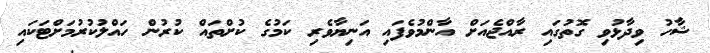
ޝާހު ވިދާޅުވި ގޮތުގައި ރާއްޖެއަށް އާންމުވެފައި އަނިޔާވެރި ކަމުގެ ކުށްތައް ކުރުން ހައްލުކުރުމަށްޓަކައި